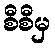
စီစီမှ